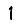
Digit: 1